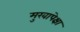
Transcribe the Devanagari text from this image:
मुखापेक्षा